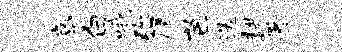
亭白哦弥厦芭迭耕署